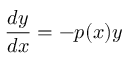
{ \frac { d y } { d x } } = - p ( x ) y